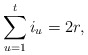
\begin{align*}\sum_{u = 1}^t i_u = 2r,\end{align*}